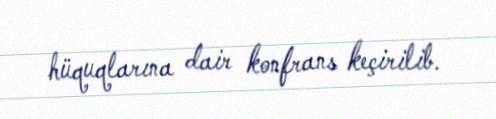
hüquqlarına dair konfrans keçirilib.